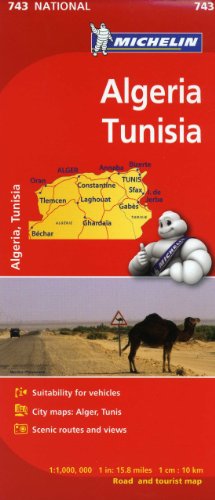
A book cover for Michelin Map Africa Algeria Tunisia 743 (Maps/Country (Michelin)); Michelin Travel & Lifestyle; Travel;